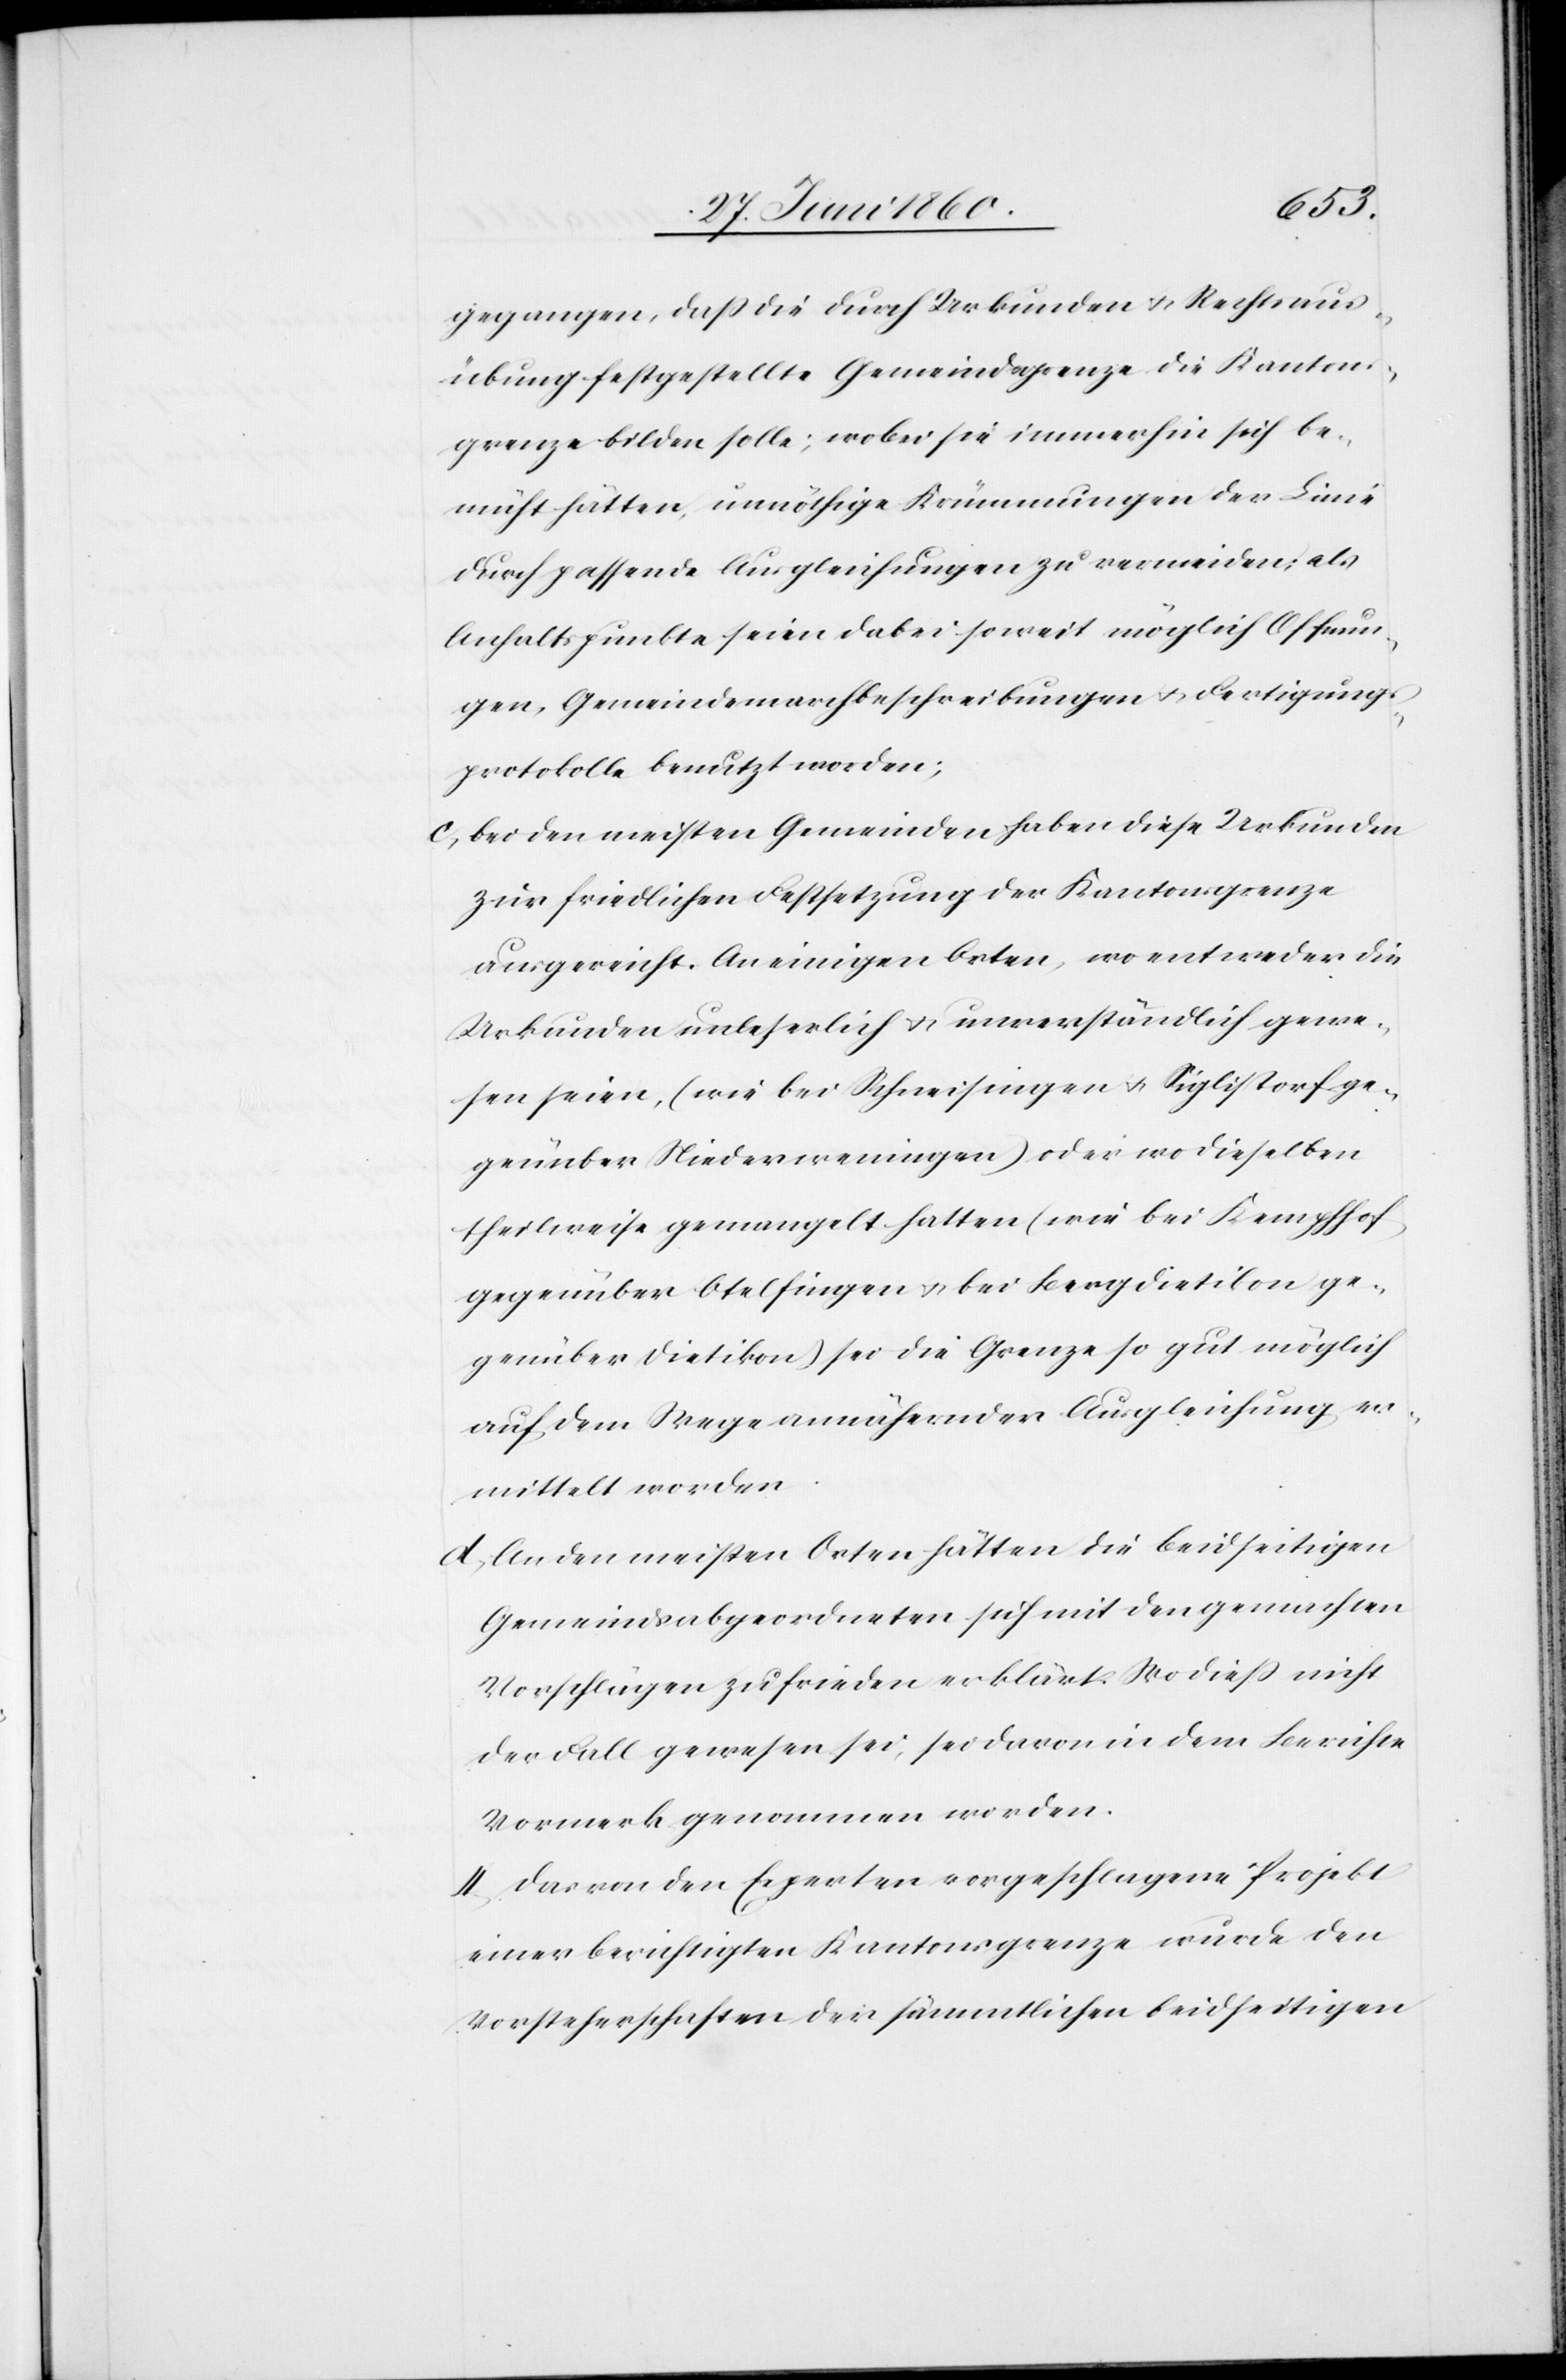
gangen, dass die durch Urkunden u. Rechtsaus¬
übung festgestellte Gemeindsgrenze die Kantons¬
grenze bilden solle; wobei sie immerhin sich be¬
müht hätten, unnöthige Krümmungen der Linie
durch passende Ausgleichungen zu vermeiden; als
Anhaltspunkte seien dabei soweit möglich O[e]ffnun¬
gen, Gemeindemarchbeschreibungen u. Fertigungs¬
protokolle benutzt worden;
c. bei den meisten Gemeinden haben diese Urkunden
zur friedlichen Festsetzung der Kantonsgrenze
ausgereicht. An einigen Orten, wo entweder die
Urkunden unleserlich u. unverständlich gewe¬
sen seien, (wie bei Schneisingen u. Siglistorf ge¬
genüber Niederweningen) oder wo dieselben
theilweise gemangelt hatten (wie bei Kempthof
gegenüber Otelfingen u. bei Bergdietikon ge¬
genüber Dietikon) sei die Grenze so gut möglich
auf dem Wege annähernder Ausgleichung er¬
mittelt worden.
d. An den meisten Orten hätten die beidseitigen
Gemeindsabgeordneten sich mit den gemachten
Vorschlägen zufrieden erklärt. Wo diess nicht
der Fall gewesen sei, sei davon in dem Berichte
Vormerk genommen worden.
4. Das von den Experten vorgeschlagene Projekt
einer berichtigten Kantonsgrenze wurde den
Vorsteherschaften der sämmtlichen beidseitigen